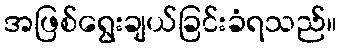
အဖြစ်ရွေးချယ်ခြင်းခံရသည်။